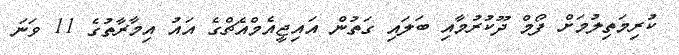
ކުރިމަތިލުމަށް ފޯމް ދޫކުރުމާއި ބަލައި ގަތުން އައިޖީއެމްއެޗްގެ އައު އިމާރާތުގެ 11 ވަނަ